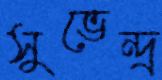
সুভেন্দ্র